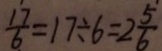
\frac { 1 7 } { 6 } = 1 7 \div 6 = 2 \frac { 5 } { 6 }